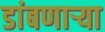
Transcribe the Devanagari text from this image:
डांबणार्‍या